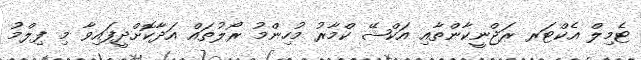
ޓެމިލް އެކްޓަރ ރަޖްނީކާންތާއި އަކްޝޭ ކްމާރު މުހިންމު ރޯލުތައް އަދާކޮށްދީފައިވާ މި ފިލްމު